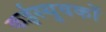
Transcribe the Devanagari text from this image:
कईस्युवकों